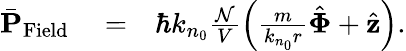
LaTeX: \begin{array}{rlr}{\bar{\mathbf P}_{\mathrm{Field}}}&{{}=}&{\hbar k_{n_{0}}\frac{\mathcal N}{V}\left(\frac{m}{k_{n_{0}}r}\hat{\mathbf\Phi}+\hat{\mathbf z}\right).}\end{array}